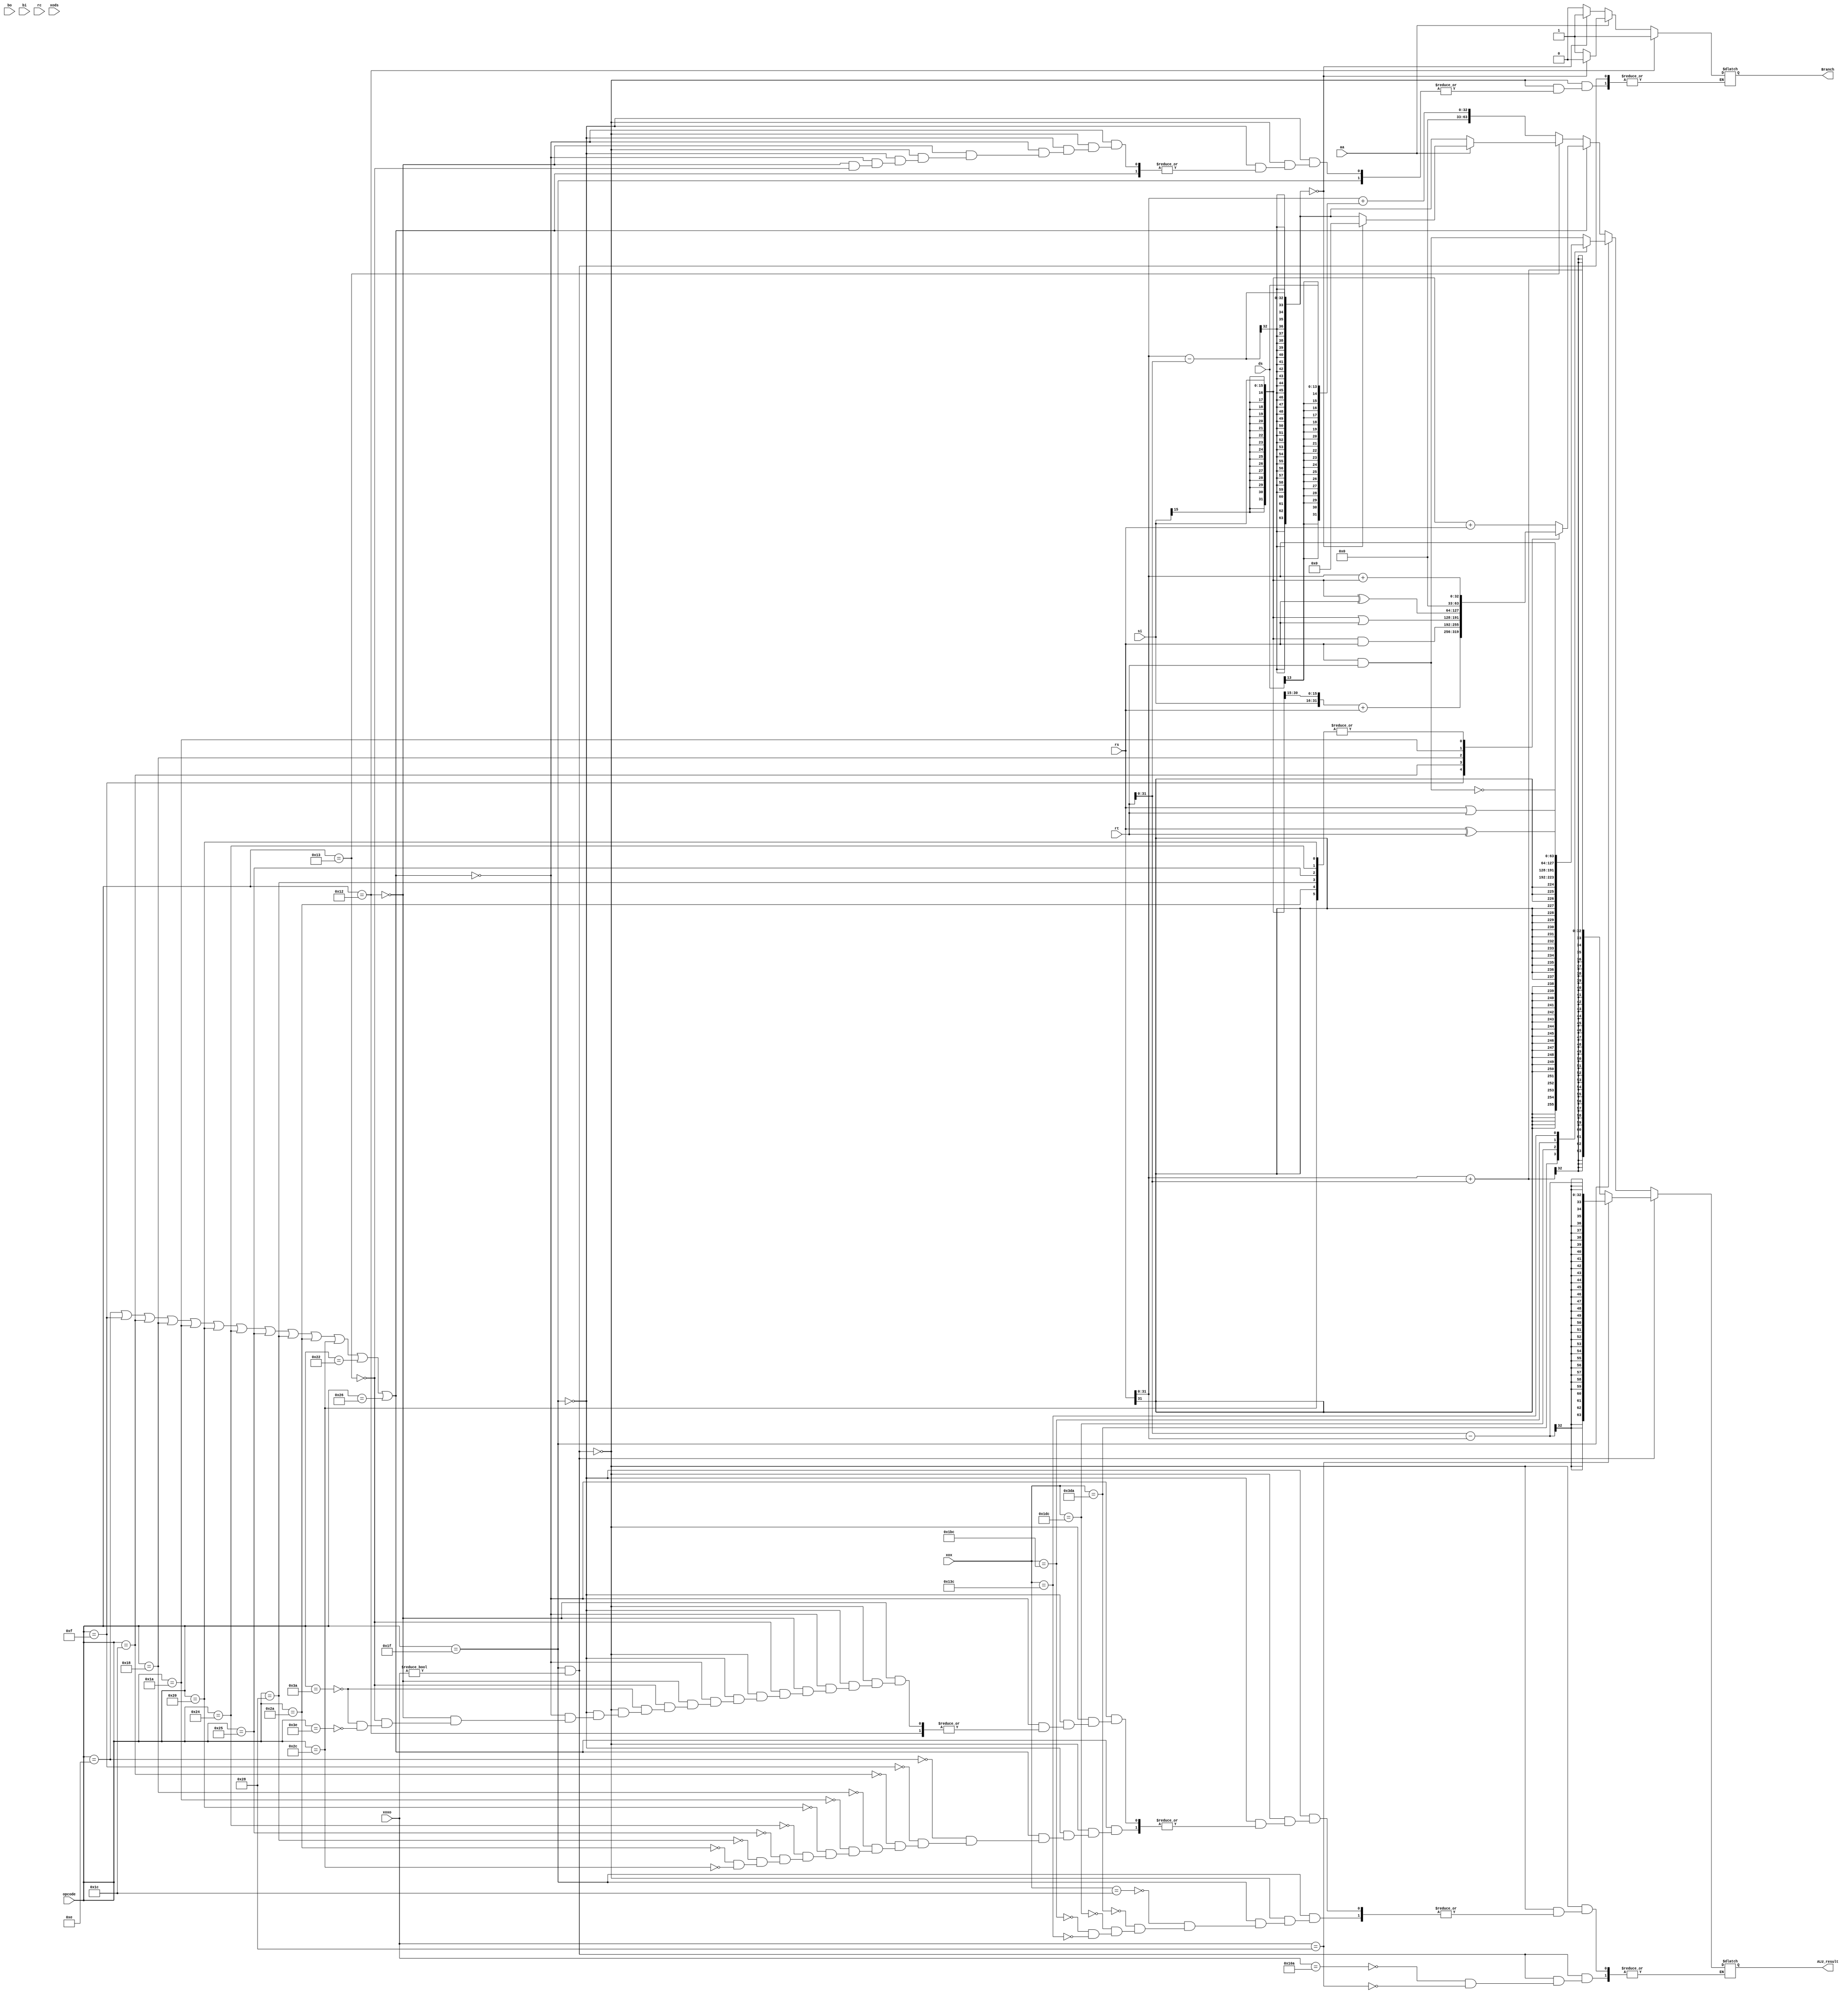
/* Module designed to act as the ALU - takes in the opcode, 
contents of the registers, shiftAmount, ALUResult and AluSrc signals
with the signedImm as arguments
*/

module ALU64bit(
  output reg [63:0] ALU_result,
  output reg Branch,
  input [63:0] rs,rt,bo,bi, 
  input [5:0] opcode,
  input [8:0] xoxo, //to identify whether ADD or SUB
  input [9:0] xox,  
  input rc,aa, 
  input [13:0] ds, //bd is used for branch
  input [15:0] si,
  input [1:0] xods
);

integer i;
reg signed [31:0] temp, signed_rs, signed_rt; 
reg [31:0] signExtend, zeroExtend, signExtendSI, sign16ExtendSI, signExtendDS;
always @(rs,rt,bo,bi,xox,xoxo,xods,rc,ds,si)
  begin
      signed_rs = rs;
      signed_rt = rt;
      signExtendSI = {{48{si[15]}},si};
       sign16ExtendSI = {si,{16{si[15]}}};
       signExtendDS = {{50{ds[13]}}, ds};
      if(opcode == 6'd31 & xoxo!= 0)
        begin
            case(xoxo) 
              
              9'd266 : //ADD
                ALU_result = signed_rs + signed_rt;
              
              9'd40 : //SUB
                ALU_result = signed_rt - signed_rs;
            endcase
        end
      else if (opcode == 6'd31)
        begin
            case(xox)
              
              10'd28: //AND
               ALU_result = rs & rt;
              
              10'd986: //EXTSW
               ALU_result = {{32{rs[31]}}, rs[31:0]};
              
              10'd476: //NAND
               ALU_result = ~(rs & rt);
             
              10'd444 : //OR
               ALU_result = rs | rt;
             
              10'd316 : //XOR
               ALU_result = rs ^ rt;
            
            endcase       
        end

else if(opcode ==  6'd14 | opcode == 6'd15 | opcode == 6'd28 |opcode == 6'd24 |opcode == 6'd26 |opcode == 6'd32 |opcode == 6'd36 |opcode == 6'd37 |opcode == 6'd40 | opcode == 6'd42 |opcode == 6'd44 |opcode == 6'd34 |opcode == 6'd38 )
      begin
          case(opcode) 
          6'd14 : //ADDI
            ALU_result = signExtendSI + rs;
          6'd15 :  //ADDIS
           ALU_result = sign16ExtendSI + rs;
          6'd28 : //ANDI
           ALU_result = signExtendSI & rs;
          6'd24 : //ORI
           ALU_result = signExtendSI | rs;
          6'd26: //XORI
           ALU_result = signExtendSI ^ rs;

          6'd32: // LWZ
           ALU_result = signed_rs + signExtendSI;  //ADDRESS IN MAIN MEMORY
          6'd36 : 
           ALU_result = signed_rs + signExtendSI;
          6'd37 : 
           ALU_result = signed_rs + signExtendSI;
          6'd40 : 
           ALU_result = signed_rs + signExtendSI;
          6'd42 : 
           ALU_result = signed_rs + signExtendSI;
          6'd44 : 
           ALU_result = signed_rs + signExtendSI;
          6'd36 : 
           ALU_result = signed_rs + signExtendSI;
          6'd36 : 
           ALU_result = signed_rs + signExtendSI;
        endcase
      end
else if(opcode == 6'd18) 
    begin
        Branch = 1;   
    end
else if(opcode == 6'd19)
    begin
        if (aa == 1'b0) // BEQ
          begin
          ALU_result = signed_rs - signed_rt;
          if(ALU_result == 0)
            Branch = 1;
          else  
            Branch = 0;
          end
        else 
          begin
          ALU_result = signed_rs - signed_rt;
          if(ALU_result == 0)
            begin
            Branch = 0;
            ALU_result = 0;  // check later
            end
          else 
            Branch = 1;
          end
    end
else if(opcode == 6'd58)
   ALU_result = signed_rs + signExtendDS;
else if(opcode == 6'd62)
   ALU_result = signed_rs + signExtendDS;


end


initial 
begin
    $monitor("Opcode : %6b, RS : %b, RT : %b, signExtendImm = %b, signExtendDs = %b Result : %b\n",
    opcode, rs, rt, signExtendSI, signExtendDS,ALU_result);
end

endmodule